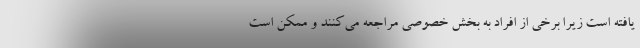
یافته است زیرا برخی از افراد به بخش خصوصی مراجعه می‌کنند و ممکن است